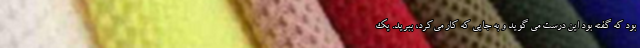
بود که گفته بود این درست می گوید و به جایی که کار می‌کرد، ببرید. یک